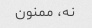
نه، ممنون